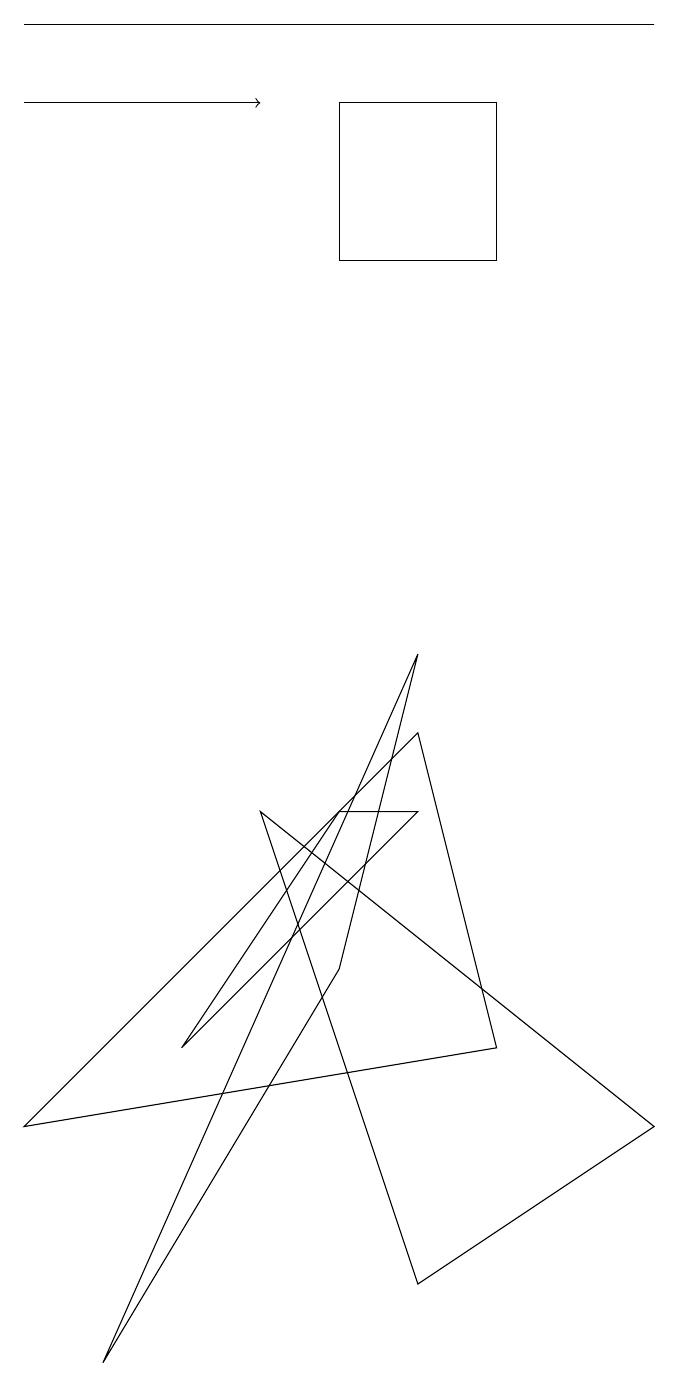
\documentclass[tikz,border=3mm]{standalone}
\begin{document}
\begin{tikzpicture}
\draw (5,1) -- (3,7) -- (8,3) -- cycle;
\draw (0,3) -- (6,4) -- (5,8) -- cycle;
\draw (6,16) rectangle (4,14);
\draw (4,5) -- (5,9) -- (1,0) -- cycle;
\draw (4,7) -- (5,7) -- (2,4) -- cycle;
\draw[->] (0,16) -- (3,16);
\draw (0,17) rectangle (8,17);
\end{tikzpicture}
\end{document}